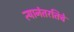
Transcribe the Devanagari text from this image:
त्यानंतरतिचे